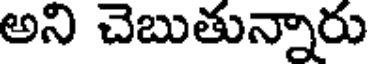
అని చెబుతున్నారు